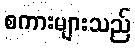
စကားများသည်